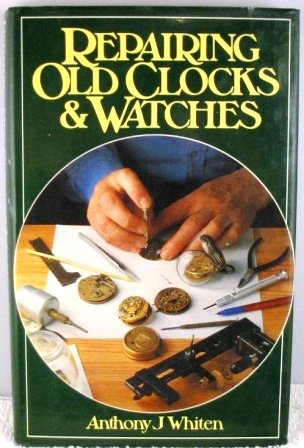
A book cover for Repairing Old Clocks and Watches; Anthony J. Whiten; Crafts, Hobbies & Home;